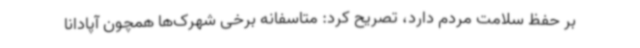
بر حفظ سلامت مردم دارد، تصریح کرد: متاسفانه برخی شهرک‌ها همچون آپادانا